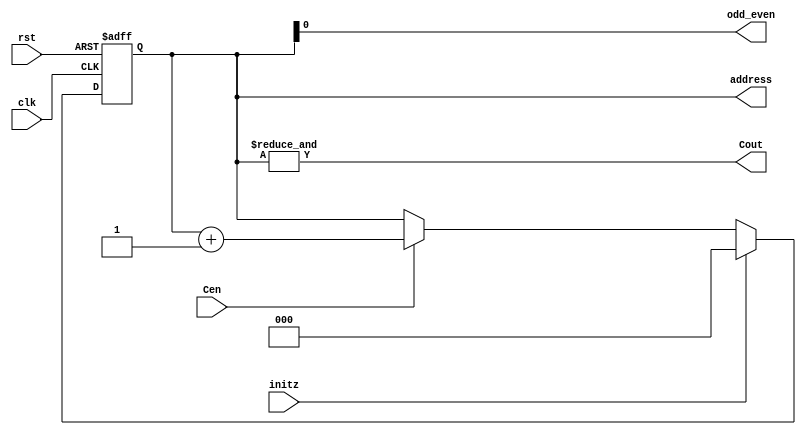
`timescale 1ns/1ns
module Address_ROM(input rst, clk, initz, Cen, 
                   output Cout, odd_even, 
                   output reg [2:0]address);

    assign Cout=&{address};
    assign odd_even=address[0];

    always@(posedge clk, posedge rst)
        if(rst) address<=3'b0;
        else if(initz) address<=3'b0;
        else if(Cen) address<=address+1;

endmodule
 
module adder(input [15:0] A, B,
             input sub_sel,
             output [15:0] R);

    assign R = sub_sel ? A-B : A+B;

endmodule

module multiplier(input [15:0] A, B,
                  output [15:0] Product_bus);

    wire [31:0] Product_result;

    assign Product_result= A * B;
    assign Product_bus=Product_result[30:15];

endmodule

module register(input clk, rst, Ld,
                input [15:0] data_in,
                output reg [15:0] reg_out);

    always@(posedge clk, posedge rst)
        if(rst) reg_out<=16'b0;
        else if(Ld) reg_out<=data_in;

endmodule

module MUX_2inputs(input sel1, sel2,
                   input[15:0] data_1, data_2,
                   output [15:0] data_out);

    assign data_out= (sel1==1) ? data_1:(sel2==1) ? data_2:16'b 0;

endmodule
 
module MUX_3inputs(input sel1, sel2, sel3, 
                   input[15:0] data_1, data_2, data_3,
                   output [15:0] data_out);

    assign data_out= (sel1==1)? data_1:(sel2==1)? data_2:(sel3==1)?data_3:16'b 0;
    
endmodule